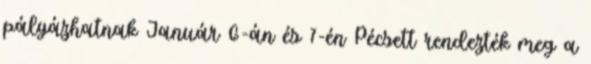
pályázhatnak Január 6-án és 7-én Pécsett rendezték meg a